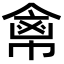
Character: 𢄕